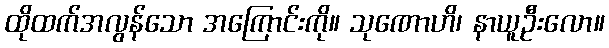
ထိုထက်အလွန်သော အကြောင်းကို။ သုဏောဟိ၊ နာယူဦးလော။